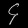
Digit: ၄